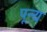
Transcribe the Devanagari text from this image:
पून्य